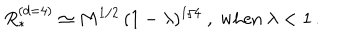
R _ { * } ^ { ( d = 4 ) } \simeq M ^ { 1 / 2 } \, ( 1 - \lambda ) ^ { 1 / 4 } \ , \ \mathrm { w h e n } \ \lambda < 1 \, .